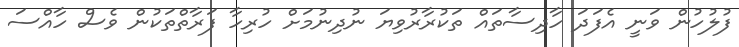
ފުލުހުން ވަނީ އެފަދަ ހާދިސާތައް ތަކުރާރުވިޔަ ނުދިނުމަށް ހުރިހާ ފަރާތްތަކުން ވެސް ހާއްސަ